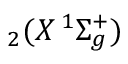
_ 2 ( X \, ^ { 1 } \Sigma _ { g } ^ { + } )